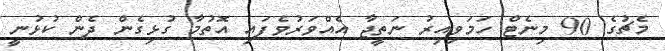
މެޗުގެ 90 މިނެޓް ހަމަވިއިރު ނަތީޖާ އެއްވަރުވެފައި އޮތުމާ ގުޅިގެން ދެން ކުޅުނީ